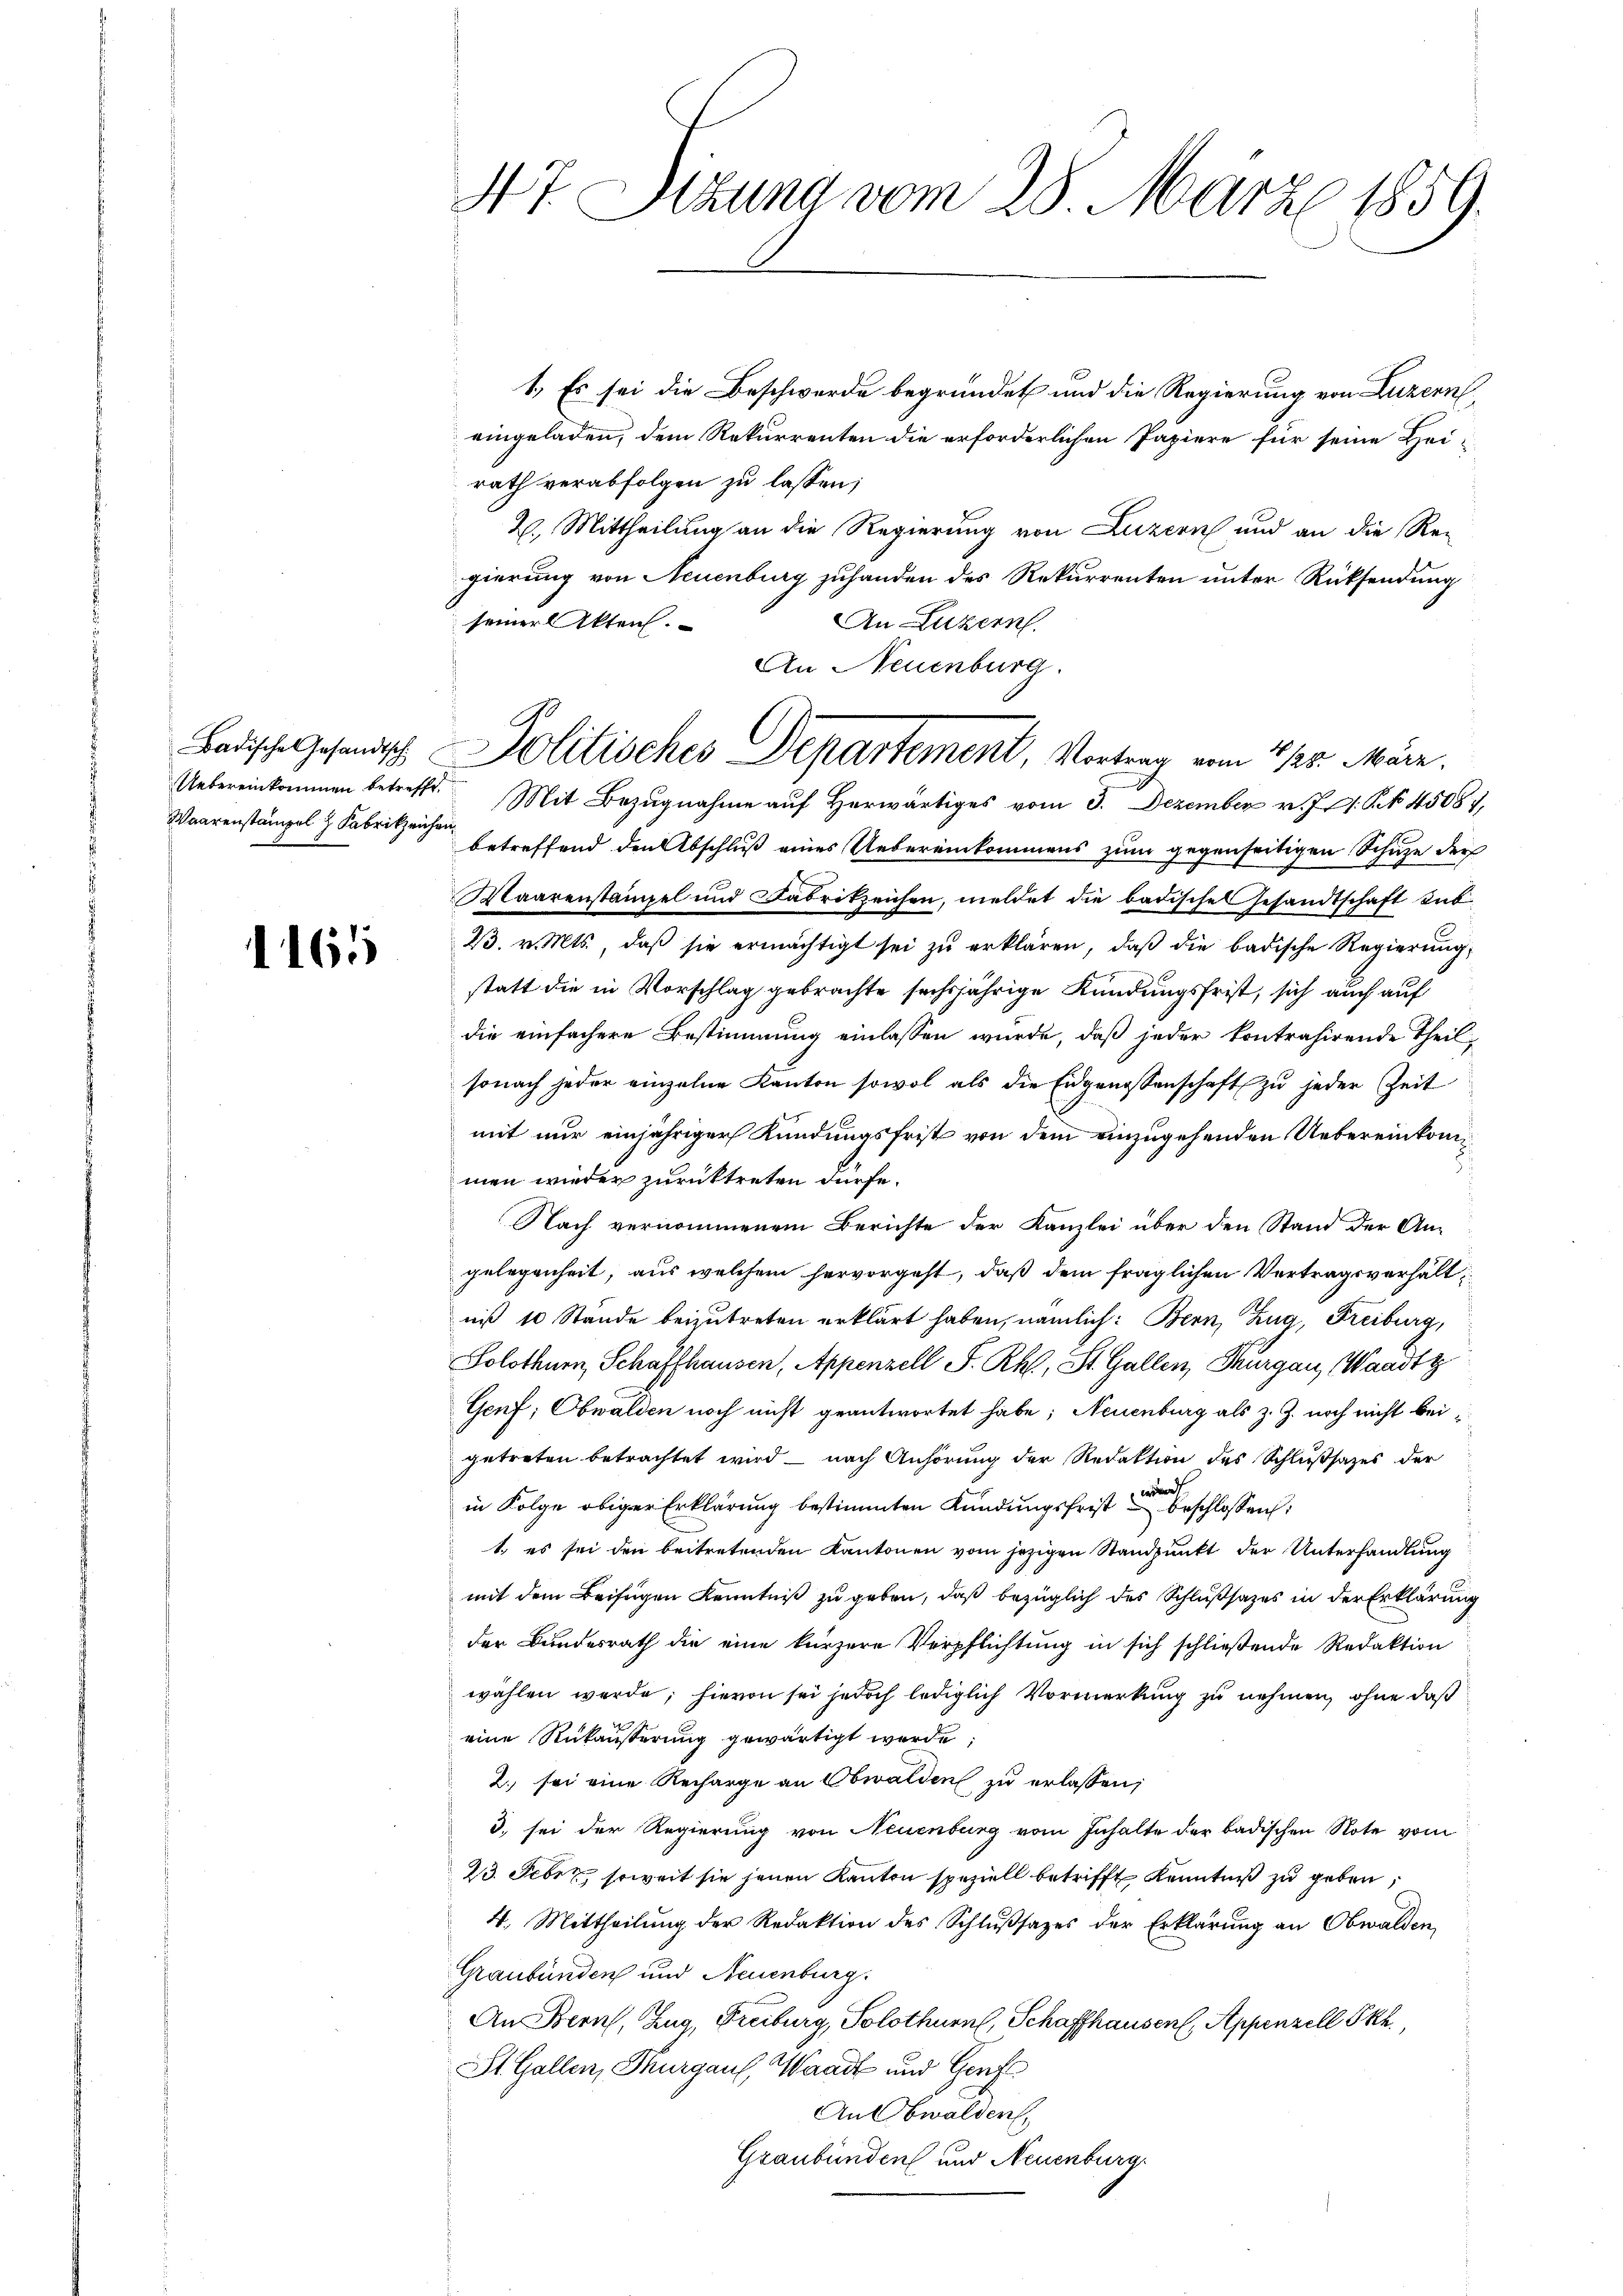
1161

47. Stzung vom 28. März 1859.

1.) Es sei die Beschwerde begründet und die Regierung von Luzern
eingeladen, dem Rekurrenten die erforderlichen Papiere für seine Heirath verabfolgen zu lassen;
2. Mittheilung an die Regierung von Luzern und an die Re-
gierung von Neuenburg zuhanden des Rekurrenten unter Rücksendung
seiner Akten.
An Luzern.
Waarenstämpel & Sabrikzeichen betreffend den Abschluß eines Uebereinkommens zum gegenseitigen Schuze der
Maarenstampel und Fabrikzeichen, meldet die badische Gesandtschaft sub¬
23. v. Mts., daß sie ermächtigt sei zu erklären, daß die badische Regierung,
statt die in Vorschlag gebrachte sechsjährige Kündungsfrist, sich auch auf
die einfachere Bestimmung einlassen wurde, daß jeder kontrahirende Theil-
sonach jeder einzelne Kanton sowol als die Eidgenossenschaft zu jeder Zeit
mit nur einjähriger Kündungsfrist von dem einzugehenden Uebereinkommen wieder zurücktreten dürfe.
Nach vernommenem Berichte der Kanzlei über den Stand der An-
gelegenheit, aus welchem hervorgeht, daß dem fraglichen Vertragsverhält
nis 10 Stände beizutreten erklärt haben, nämlich: Bern, Zug, Freiburg,
Solothurn, Schaffhausen, Appenzell S. Rh., St. Gallen, Thurgau, Waadt z
Genf; Obwalden noch nicht geantwortet habe; Neuenburg als z. Z. noch nicht beigetreten betrachtet wird – nach Anhörung der Redaktion des Schlußsazes der
in Folge obiger Erklärung bestimmten Kündungsfrist beschlossen:
1., es sei den beitretenden Kantonen vom jezigen Standpunkt der Unterhandlung
mit dem Beifügen Kenntniß zu geben, daß bezüglich des Schlußsatzes in der Erklärung
der Bundesrath die eine kürzere Verpflichtung in sich schließende Redaktion
wählen werde; hievon sei jedoch lediglich Vormerkung zu nehmen, ohne daß
eine Rükäußerung gewärtigt werde;
2. sei eine Recharge an Obwalden zu erlassen;
3. sei der Regierung von Neuenburg vom Inhalte der badischen Note vom
23. Febr. soweit sie jenen Kanton speziell betrifft Kenntniß zu geben,
4. Mittheilŭng der Redaktion des Schlŭβsazes der Erklärung an Obwalden,
Graubünden und Neuenburg.
An Bern, Zug, Freiburg, Solothurn, Schaffhausen, Appenzell Pkt.
St. Gallen, Thurgaus, Waadt und Genf
An Obwalden,
Graubünden und Neuenburg,

An Neuenburg.
Badische Gesandtsch Politisches Departement, Vortrag vom 4/22. März.
Uebereinkommen betreffe. Mit Bezŭgnahme aŭf herwärtiges vom 3. Dezember v. J. S. 45081,